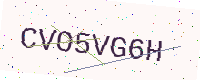
Text: CVO5VG6H